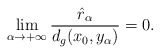
\begin{align*}\lim_{\alpha\rightarrow+\infty}\frac{\hat{r}_\alpha}{d_g(x_0, y_\alpha)} = 0.\end{align*}